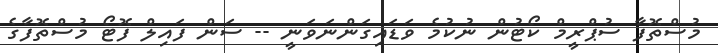
މުސްތޮފާ ސުޕްރީމް ކޯޓުން ނުކުމެ ވަޑައިގަންނަވަނީ -- ސަން ފައިލް ފޮޓޯ މުސްތޮފާގެ